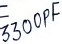
Text: 3300PF